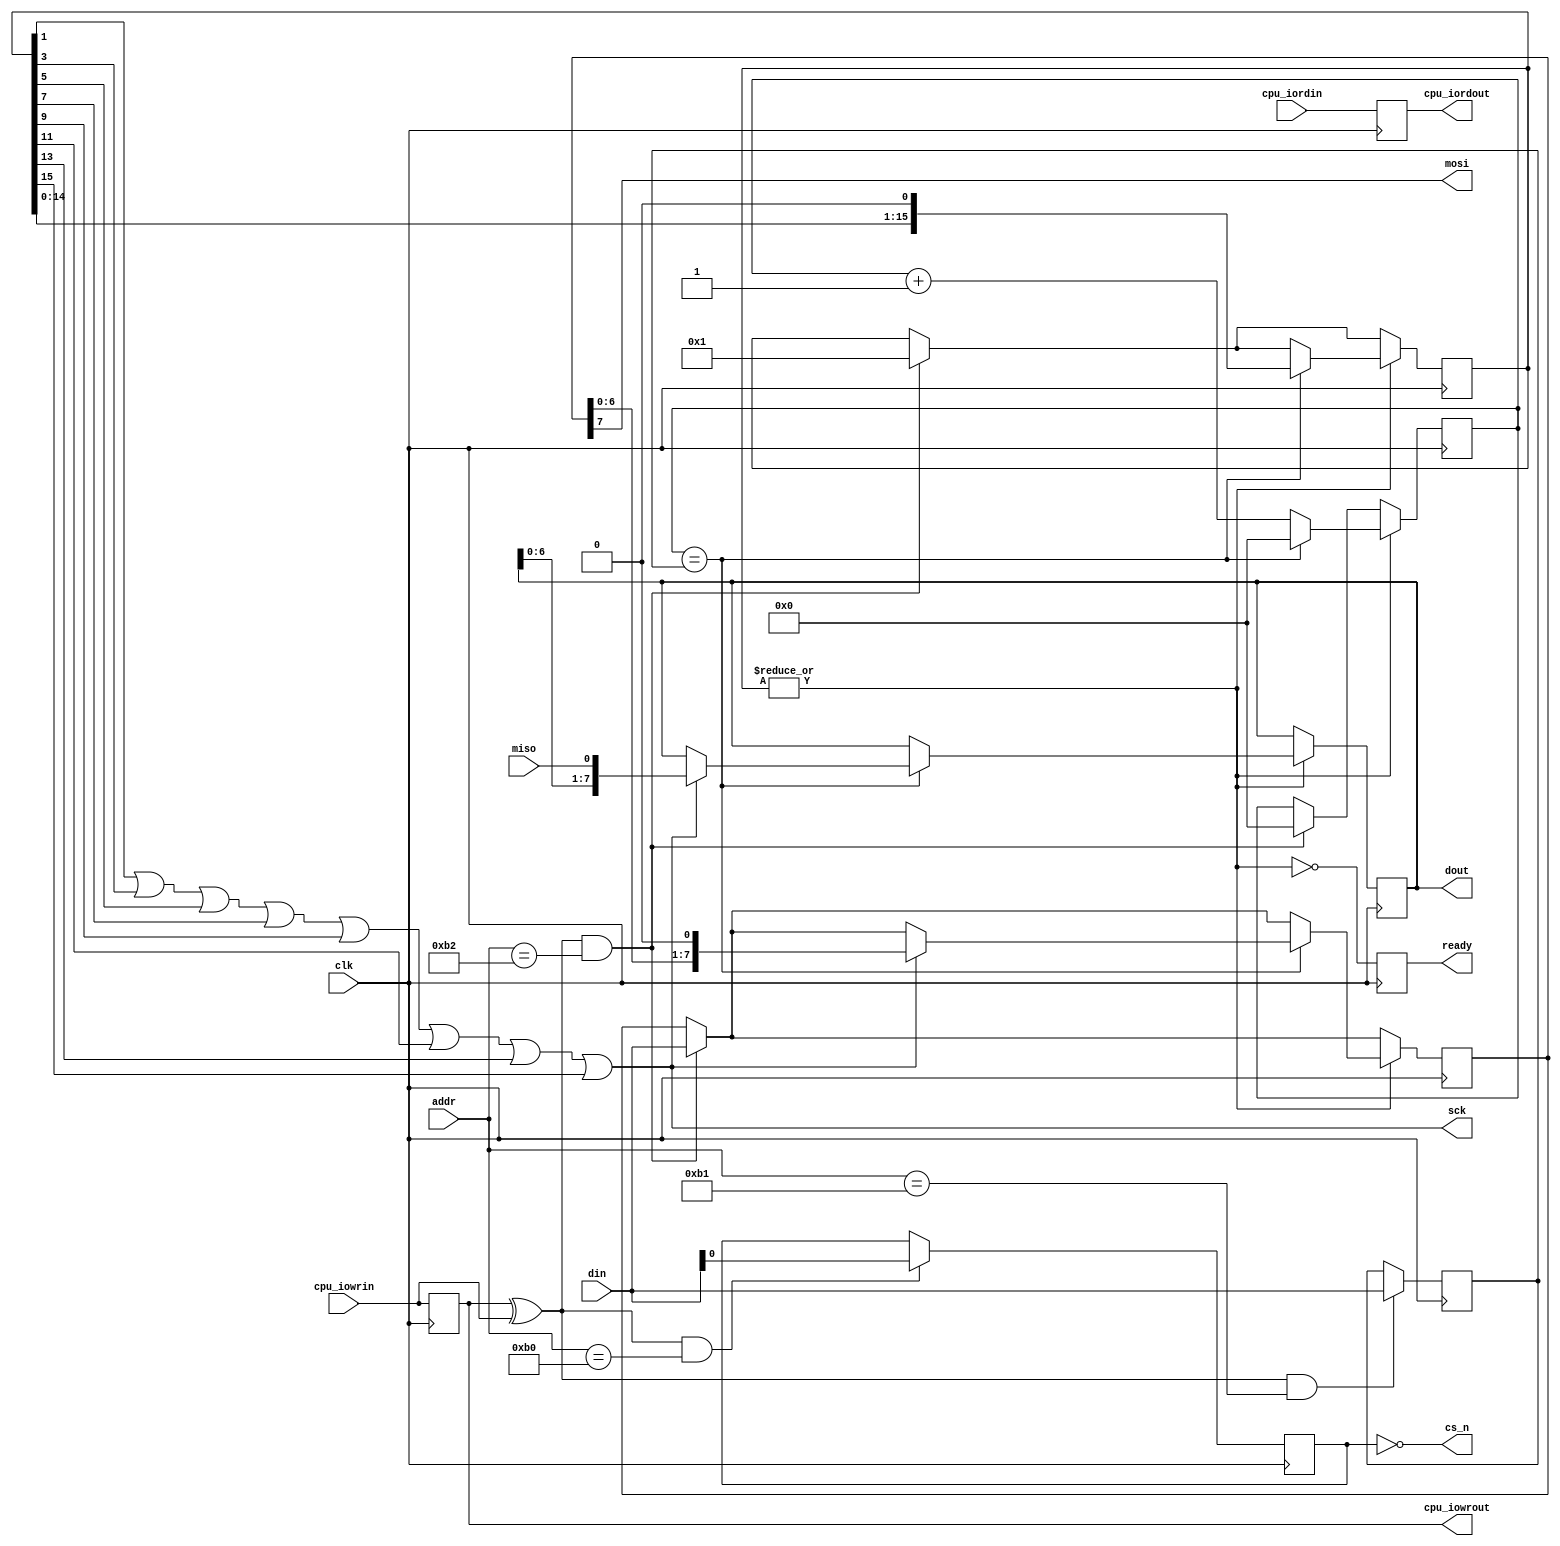
module SPI(
	input wire clk,
	
	input wire [11:0] addr,
	input wire [7:0] din,
	output wire [7:0] dout,
	input wire cpu_iordin,
	output reg cpu_iordout,
	input wire cpu_iowrin,
	output reg cpu_iowrout,
	
	output reg ready,
	
	output wire cs_n,
	input wire miso,
	output wire mosi,
	output wire sck
);

reg cs;

reg [7:0] div;
reg [7:0] preset;

reg [7:0] sin;
reg [7:0] sout;
reg [3:0] bits;

reg [15:0] shift;

assign cs_n = ~cs;
assign sck = shift[1] | shift[3] | shift[5] | shift[7] | shift[9] | shift[11] | shift[13] | shift[15];
assign mosi = sout[7];

assign dout = sin;

wire iord = cpu_iordout ^ cpu_iordin;
wire iowr = cpu_iowrout ^ cpu_iowrin;

always @(posedge clk)
begin
	ready <= ~|shift;

	cpu_iordout <= cpu_iordin;
	cpu_iowrout <= cpu_iowrin;
	
	if (iowr && (addr[11:0] == 12'h0B0))	// 0xB0
		cs <= din[0];
	
	if (iowr && (addr[11:0] == 12'h0B1))	// 0xB1
		preset <= din;
	
	if (iowr && (addr[11:0] == 12'h0B2))	// 0xB2
	begin
		sout <= din;
		shift <= 16'd1;
		div <= 8'd0;
	end
	
	if (|shift)
	begin
		if (div == preset)
		begin
			div <= 8'd0;
			
			shift <= {shift[14:0], 1'b0};
			
			if (sck)
			begin
				sin <= {sin[6:0], miso};
				sout <= {sout[6:0], 1'b0};
			end
		end
		else
			div <= div + 8'd1;
	end
end

endmodule